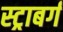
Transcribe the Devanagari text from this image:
स्ट्राबर्ग